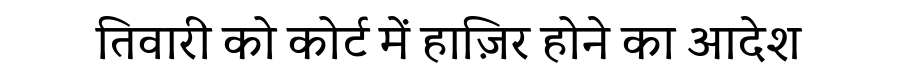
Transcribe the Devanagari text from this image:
तिवारी को कोर्ट में हाज़िर होने का आदेश